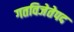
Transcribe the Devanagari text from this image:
गतविजेतेपद